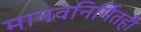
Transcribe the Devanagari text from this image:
मानवनिर्मितही